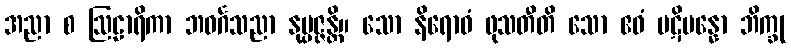
အညာ စ ဩဠာရိကာ ဘဝင်္ဂသညာ နုပ္ပဇ္ဇန္တိ။ သော နိရောဓံ ဖုသတီတိ သော ဧဝံ ပဋိပန္နော ဘိက္ခု